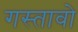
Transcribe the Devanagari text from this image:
गस्तावो